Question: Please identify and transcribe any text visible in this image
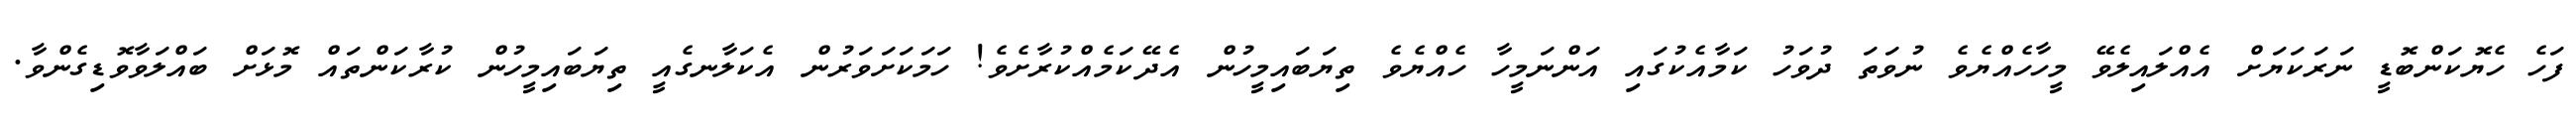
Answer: ފަހެ ހެޔޮކަންބޮޑީ ނަރަކަޔަށް އެއްލައިލެވޭ މީހާހެއްޔެވެ ނުވަތަ ދުވަހު ކަމާއެކުގައި އަންނަމީހާ ހެއްޔެވެ ތިޔަބައިމީހުން އެދޭކަމެއްކުރާށެވެ! ހަމަކަށަވަރުން އެކަލާނގެއީ ތިޔަބައިމީހުން ކުރާކަންތައް މޮޅަށް ބައްލަވާވޮޑިގެންވާ.